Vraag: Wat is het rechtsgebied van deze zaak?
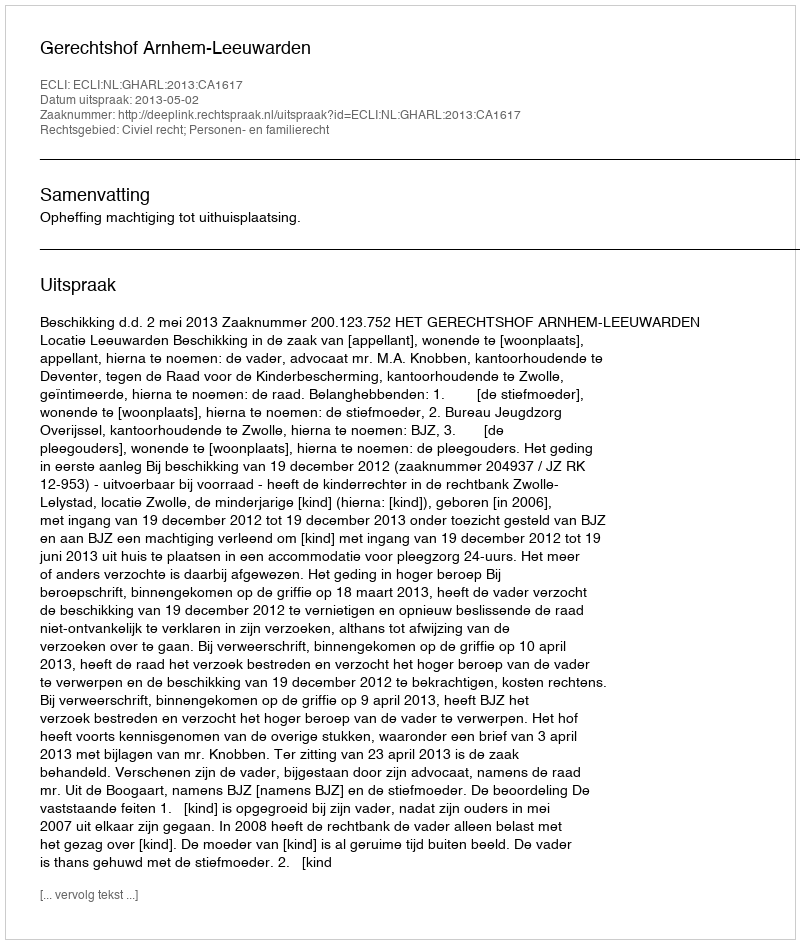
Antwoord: Civiel recht; Personen- en familierecht